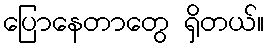
ပြောနေတာတွေ ရှိတယ်။